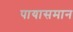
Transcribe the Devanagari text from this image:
पायासमान